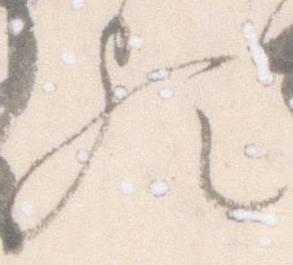
歟